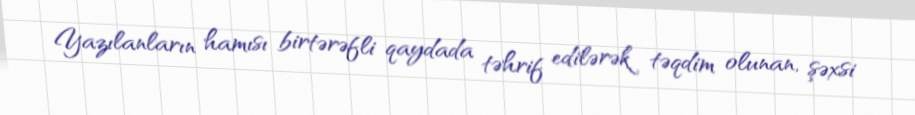
Yazılanların hamısı birtərəfli qaydada təhrif edilərək təqdim olunan, şəxsi